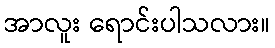
အာလူး ရောင်းပါသလား။